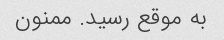
به موقع رسید. ممنون